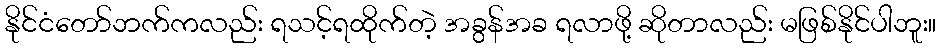
နိုင်ငံတော်ဘက်ကလည်း ရသင့်ရထိုက်တဲ့ အခွန်အခ ရလာဖို့ ဆိုတာလည်း မဖြစ်နိုင်ပါဘူး။